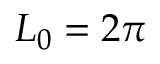
L _ { 0 } = 2 \pi